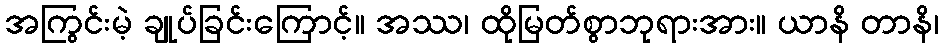
အကြွင်းမဲ့ ချုပ်ခြင်းကြောင့်။ အဿ၊ ထိုမြတ်စွာဘုရားအား။ ယာနိ တာနိ၊